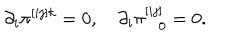
LaTeX: \partial _ { i } \pi ^ { [ i j ] k } = 0 , \quad \partial _ { i } \pi _ { \ \ \ 0 } ^ { [ i j ] } = 0 .